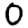
Digit: 0